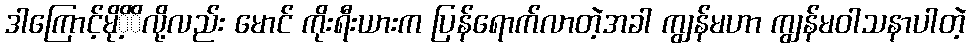
ဒါကြောင့်မိုိ့ိလို့လည်း မောင် ကိုးရီးယားက ပြန်ရောက်လာတဲ့အခါ ကျွန်မဟာ ကျွန်မဝါသနာပါတဲ့